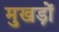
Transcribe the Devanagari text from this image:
मुखड़ों